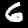
Digit: 6